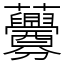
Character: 虋